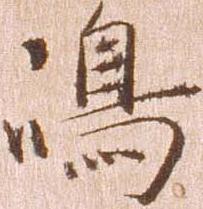
嶋